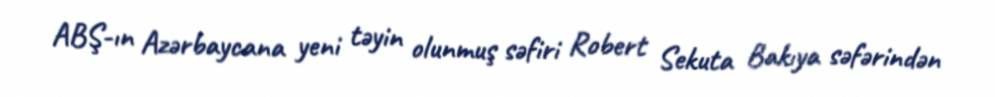
ABŞ-ın Azərbaycana yeni təyin olunmuş səfiri Robert Sekuta Bakıya səfərindən